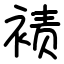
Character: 𫌀